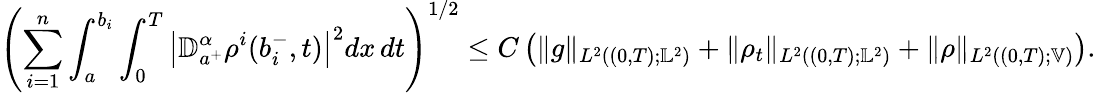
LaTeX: \begin{array}{r}{\displaystyle\left(\displaystyle\sum_{i=1}^{n}\int_{a}^{b_{i}}\int_{0}^{T}\left|\mathbb{D}_{a^{+}}^{\alpha}\rho^{i}(b_{i}^{-},t)\right|^{2}dx\, dt\right)^{1/2}\leq\displaystyle C\left(\| g\| _{L^{2}((0,T);\mathbb{L}^{2})}+\| \rho_{t}\| _{L^{2}((0,T);\mathbb{L}^{2})}+\| \rho\| _{L^{2}((0,T);\mathbb{V})}\right).}\end{array}